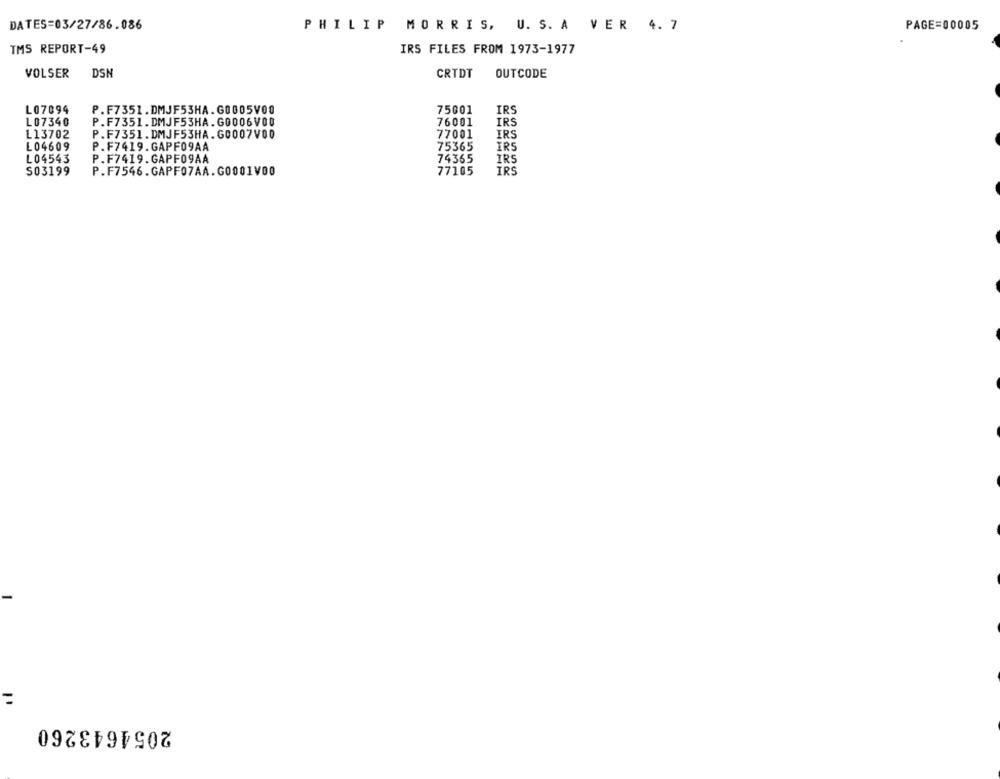
DATES=03/27/86.086
PHILIP MORRIS, U. S. A VER 4. 7
PAGE=00005
TMS REPORT-49
IRS FILES FROM 1973-1977
VOLSER
DSN
CRTDT
OUTCODE
L07094
P.F7351.DMJF53HA.G0005V00
75001
IRS
L07340
P.F7351.DMJF53HA.G0006V00
76001
IRS
L13702
P.F7351.DMJF53HA.G0007V00
77001
IRS
L04609
P.F7419.GAPFO9AA
75365
IRS
L04543
P.F7419.GAPFO9AA
74365
IRS
S03199
P.F7546.GAPF07AA.G0001V00
77105
IRS
=
2054643260